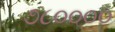
૭૮૦૦૦૦